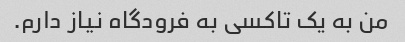
من به یک تاکسی به فرودگاه نیاز دارم.